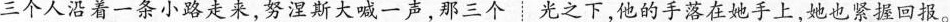
三个人沿着一条小路走来，努涅斯大喊一声，那三个光之下，他的手落在她手上，她也紧握回报。